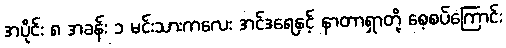
အပိုင်း ၈ အခန်း ၁ မင်းသားကလေး အင်ဒရေနှင့် နာတာရှာတို့ စေ့စပ်ကြောင်း